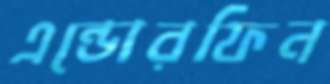
এন্ডোরফিন